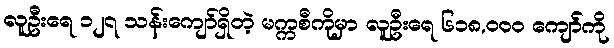
လူဦးရေ ၁၂၇ သန်းကျော်ရှိတဲ့ မက္ကစီကိုမှာ လူဦးရေ ၆၁၈,၀၀၀ ကျော်ကို